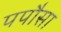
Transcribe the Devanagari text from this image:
पपौसा